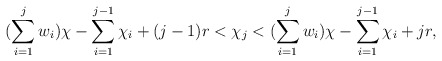
\begin{align*}(\sum\limits_{i =1}^{j} w_i) \chi - \sum\limits_{i=1}^{j-1} \chi_i +(j-1)r < \chi_j < (\sum\limits_{i =1}^{j} w_i) \chi - \sum\limits_{i=1}^{j-1} \chi_i + jr,\end{align*}